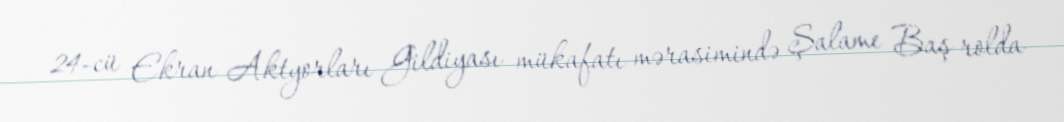
24-cü Ekran Aktyorları Gildiyası mükafatı mərasimində Şalame Baş rolda